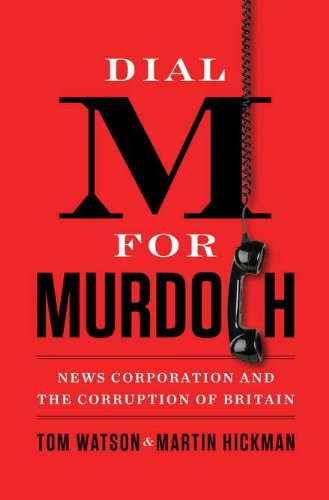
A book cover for Dial M for Murdoch: News Corporation and the Corruption of Britain; Tom Watson; Biographies & Memoirs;